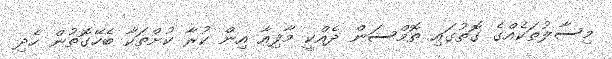
މިސާލުތަކެއްގެ ގޮތުގައި ތޮމްސަން ދެއްކީ މާފިއާ އިން ކުރާ ކުށްތަކާ ބެހޭގޮތުން ހެދި